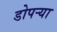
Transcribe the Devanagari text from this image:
डोपर्‍या